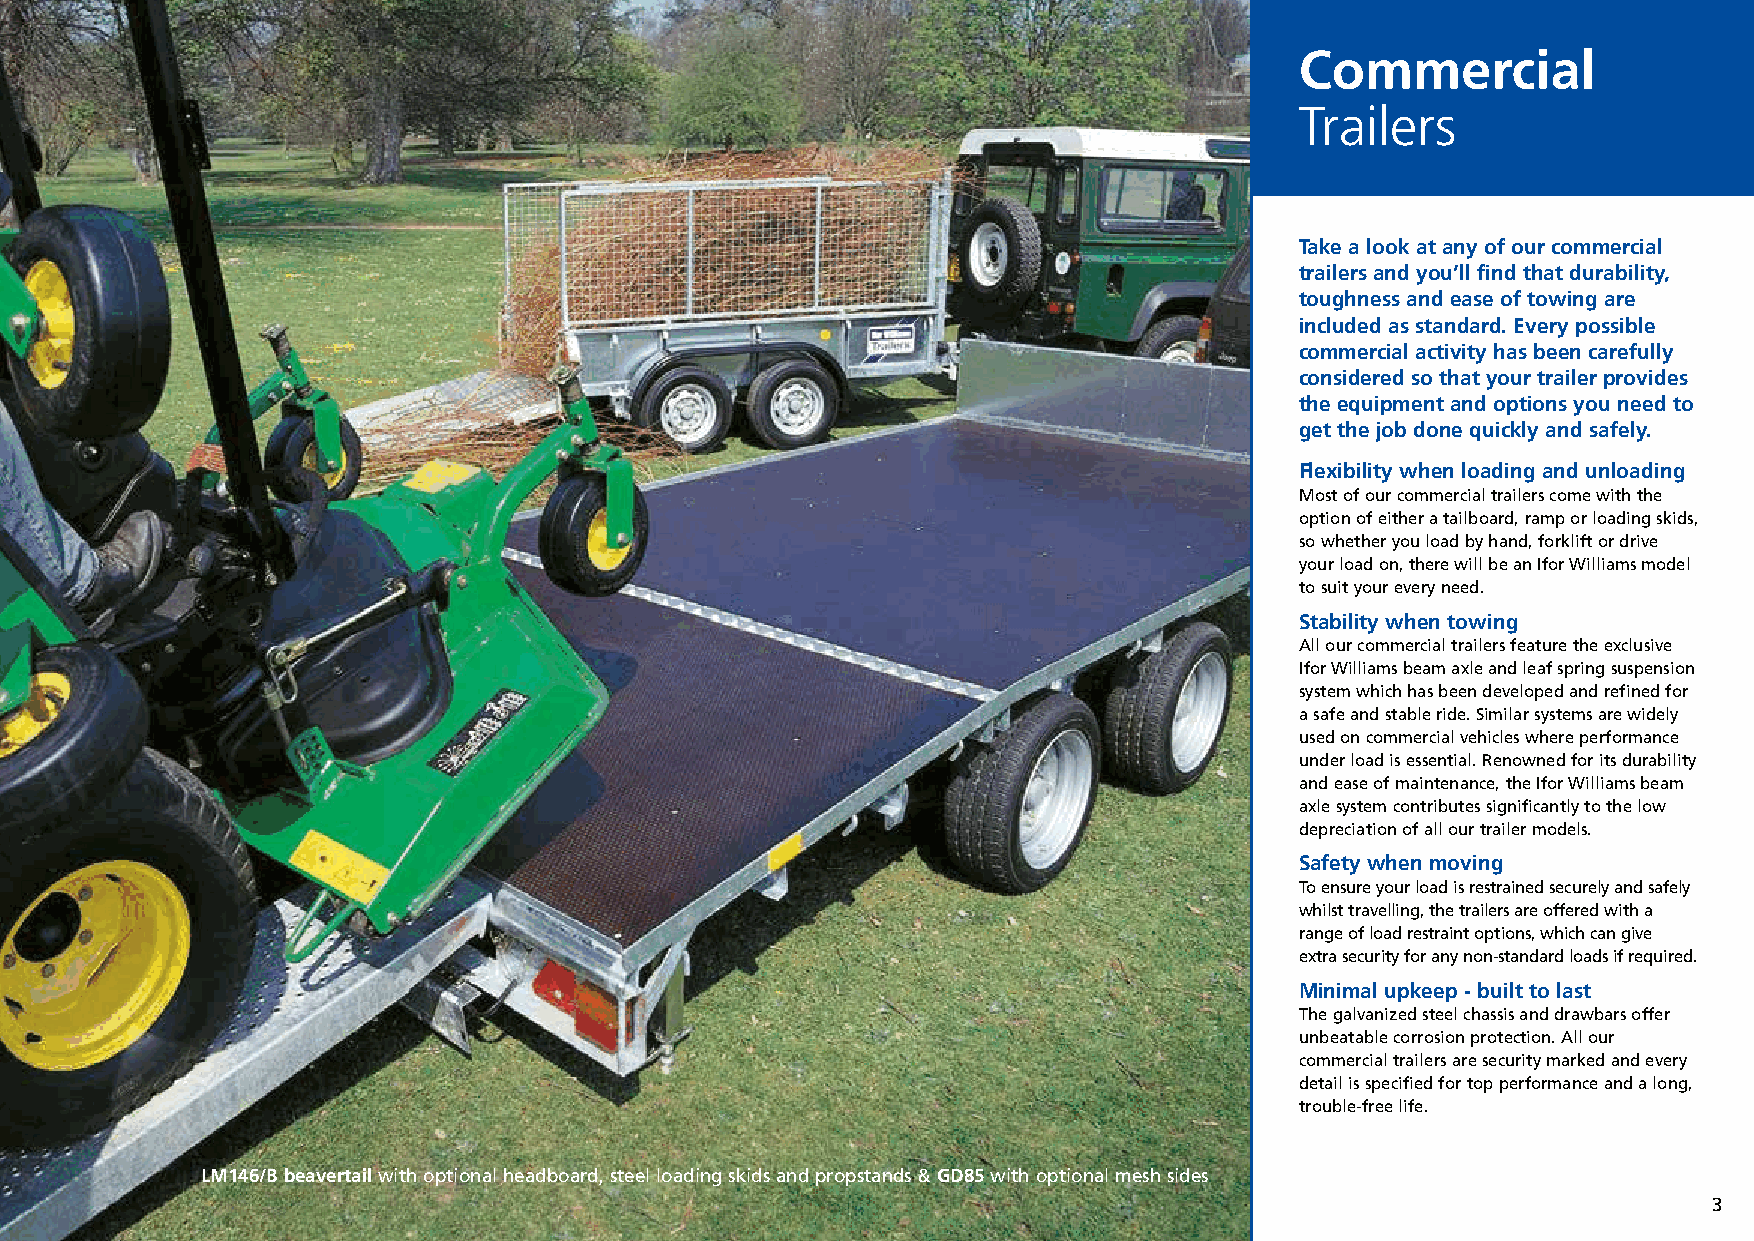
Commercial Brochure 04_12 21/12/15 12:59 Page 3
 Commercial
 Trailers
 Take a look at any of our commercial
 trailers and you’ll find that durability,
 toughness and ease of towing are
 included as standard. Every possible
 commercial activity has been carefully
 considered so that your trailer provides
 the equipment and options you need to
 get the job done quickly and safely.
 Flexibility when loading and unloading
 Most of our commercial trailers come with the
 option of either a tailboard, ramp or loading skids,
 so whether you load by hand, forklift or drive
 your load on, there will be an Ifor Williams model
 to suit your every need.
 Stability when towing
 All our commercial trailers feature the exclusive
 Ifor Williams beam axle and leaf spring suspension
 system which has been developed and refined for
 a safe and stable ride. Similar systems are widely
 used on commercial vehicles where performance
 under load is essential. Renowned for its durability
 and ease of maintenance, the Ifor Williams beam
 axle system contributes significantly to the low
 depreciation of all our trailer models.
 Safety when moving
 To ensure your load is restrained securely and safely
 whilst travelling, the trailers are offered with a
 range of load restraint options, which can give
 extra security for any non-standard loads if required.
 Minimal upkeep - built to last
 The galvanized steel chassis and drawbars offer
 unbeatable corrosion protection. All our
 commercial trailers are security marked and every
 detail is specified for top performance and a long,
 trouble-free life.
 LM146/B beavertail with optional headboard, steel loading skids and propstands & GD85with optional mesh sides
 3